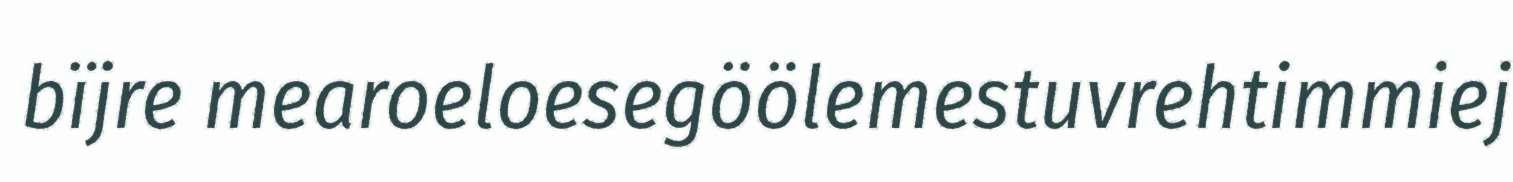
bïjre mearoeloesegöölemestuvrehtimmiej